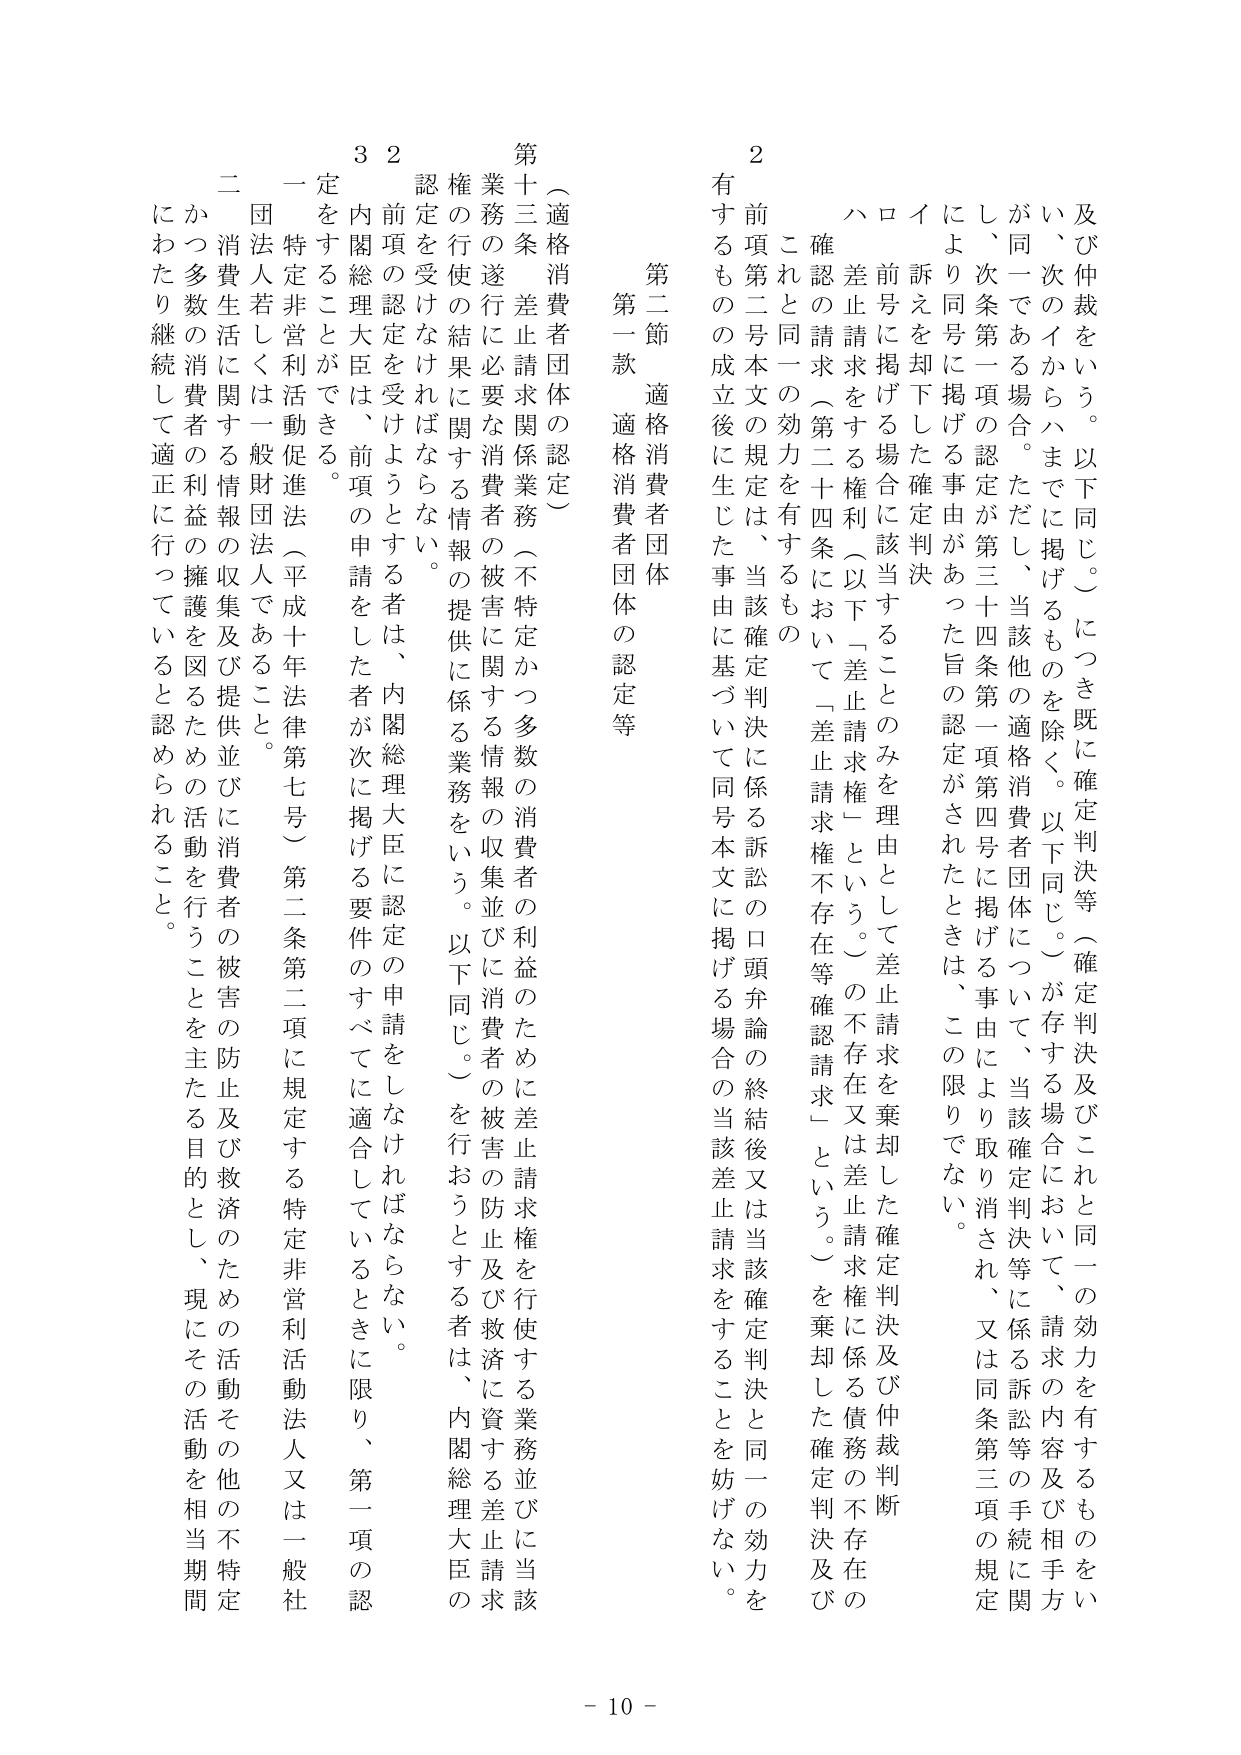
及び仲裁をいう。以下同じ。）につき既に確定判決等（確定判決及びこれと同一の効力を有するものをい
い、次のイからハまでに掲げるものを除く。以下同じ。）が存する場合において、請求の内容及び相手方
が同一である場合。ただし、当該他の適格消費者団体について、当該確定判決等に係る訴訟等の手続に関
し、次条第一項の認定が第三十四条第一項第四号に掲げる事由により取消され、又は同条第三項の規定
により同号に掲げる事由があった旨の認定がされたときは、この限りでない。
イ 訴えを却下した確定判決
ロ 前号に掲げる場合に該当することのみを理由として差止請求を棄却した確定判決及び仲裁判断
ハ 差止請求をする権利（以下「差止請求権」という。）の不存在又は差止請求権に係る債務の不存在の
確認の請求（第二十四条において「差止請求権不存在等確認請求」という。）を棄却した確定判決及び
これと同一の効力を有するもの
２ 前項第二号本文の規定は、当該確定判決に係る訴訟の口頭弁論の終結後又は当該確定判決と同一の効力を
有するものの成立後に生じた事由に基づいて同号本文に掲げる場合の当該差止請求をすることを妨げない。

第二節 適格消費者団体
第一款 適格消費者団体の認定等

（適格消費者団体の認定）
第十三条 差止請求関係業務（不特定かつ多数の消費者の利益のために差止請求権を行使する業務並びに当該
業務の遂行に必要な消費者の被害に関する情報の収集並びに消費者の被害の防止及び救済に資する差止請求
権の行使の結果に関する情報の提供に係る業務をいう。以下同じ。）を行おうとする者は、内閣総理大臣の
認定を受けなければならない。
２ 前項の認定を受けようとする者は、内閣総理大臣に認定の申請をしなければならない。
３ 内閣総理大臣は、前項の申請をした者が次に掲げる要件のすべてに適合しているときに限り、第一項の認
定をすることができる。
一 特定非営利活動促進法（平成十年法律第七号）第二条第二項に規定する特定非営利活動法人又は一般社
団法人若しくは一般財団法人であること。
二 消費生活に関する情報の収集及び提供並びに消費者の被害の防止及び救済のための活動その他の不特定
かつ多数の消費者の利益の擁護を図るための活動を行うことを主たる目的とし、現にその活動を相当期間
にわたり継続して適正に行っていると認められること。

- 10 -